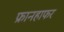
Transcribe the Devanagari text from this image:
फ्रानहाफर